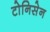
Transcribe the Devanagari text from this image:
टोनिसेन